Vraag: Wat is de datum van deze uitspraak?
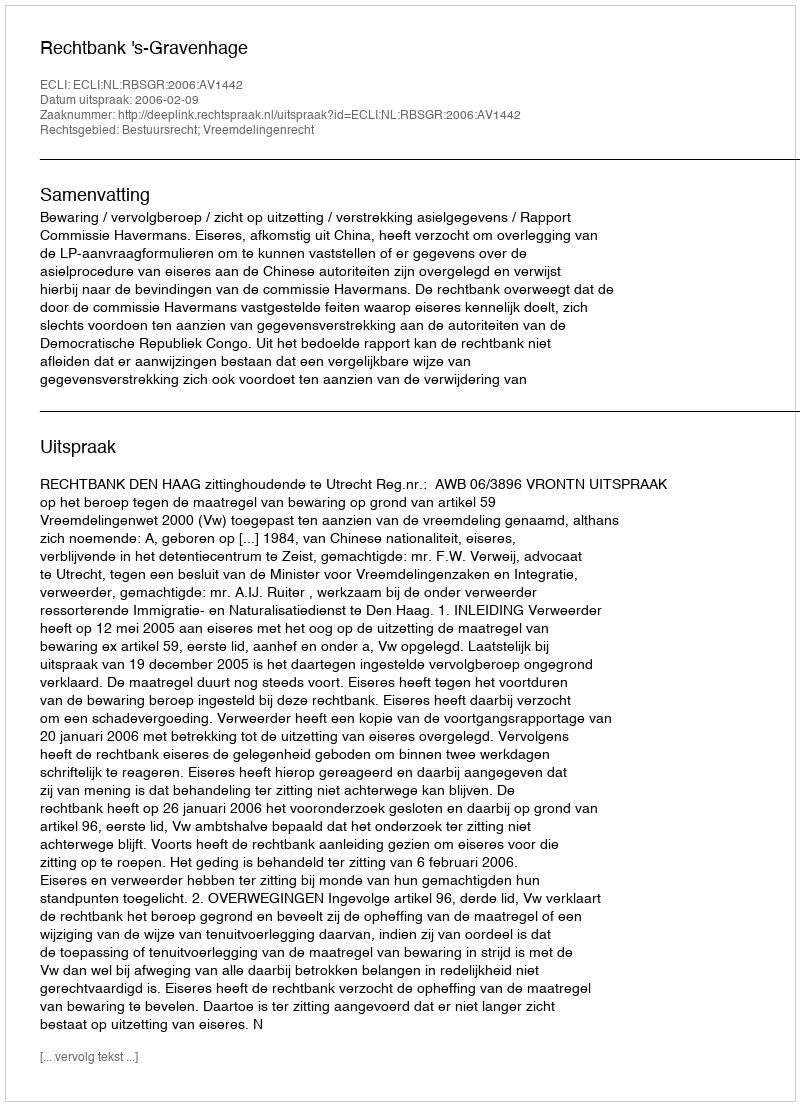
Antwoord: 2006-02-09